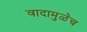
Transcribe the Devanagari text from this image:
वादामुळेच